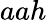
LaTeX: aah